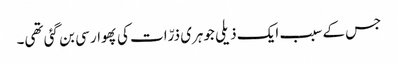
جس کے سبب ایک ذیلی جوہری ذرّات کی پھوار سی بن گئی تھی۔